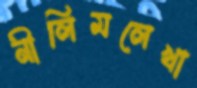
নীলিমলেখা